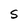
Character: S